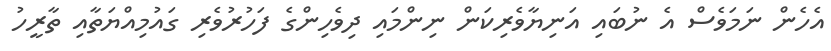
އެހެން ނަމަވެސް އެ ނުބައި އަނިޔާވެރިކަން ނިންމައި ދިވެހިންގެ ފަހުރުވެރި ގައުމިއްޔަތާއި ތާރީހު